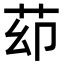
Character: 𦭙